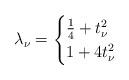
LaTeX: \begin{align*}\lambda_{\nu} = \begin{cases} \frac{1}{4}+t_{\nu}^2 & \\ 1+4t_{\nu}^2 &\end{cases} \end{align*}